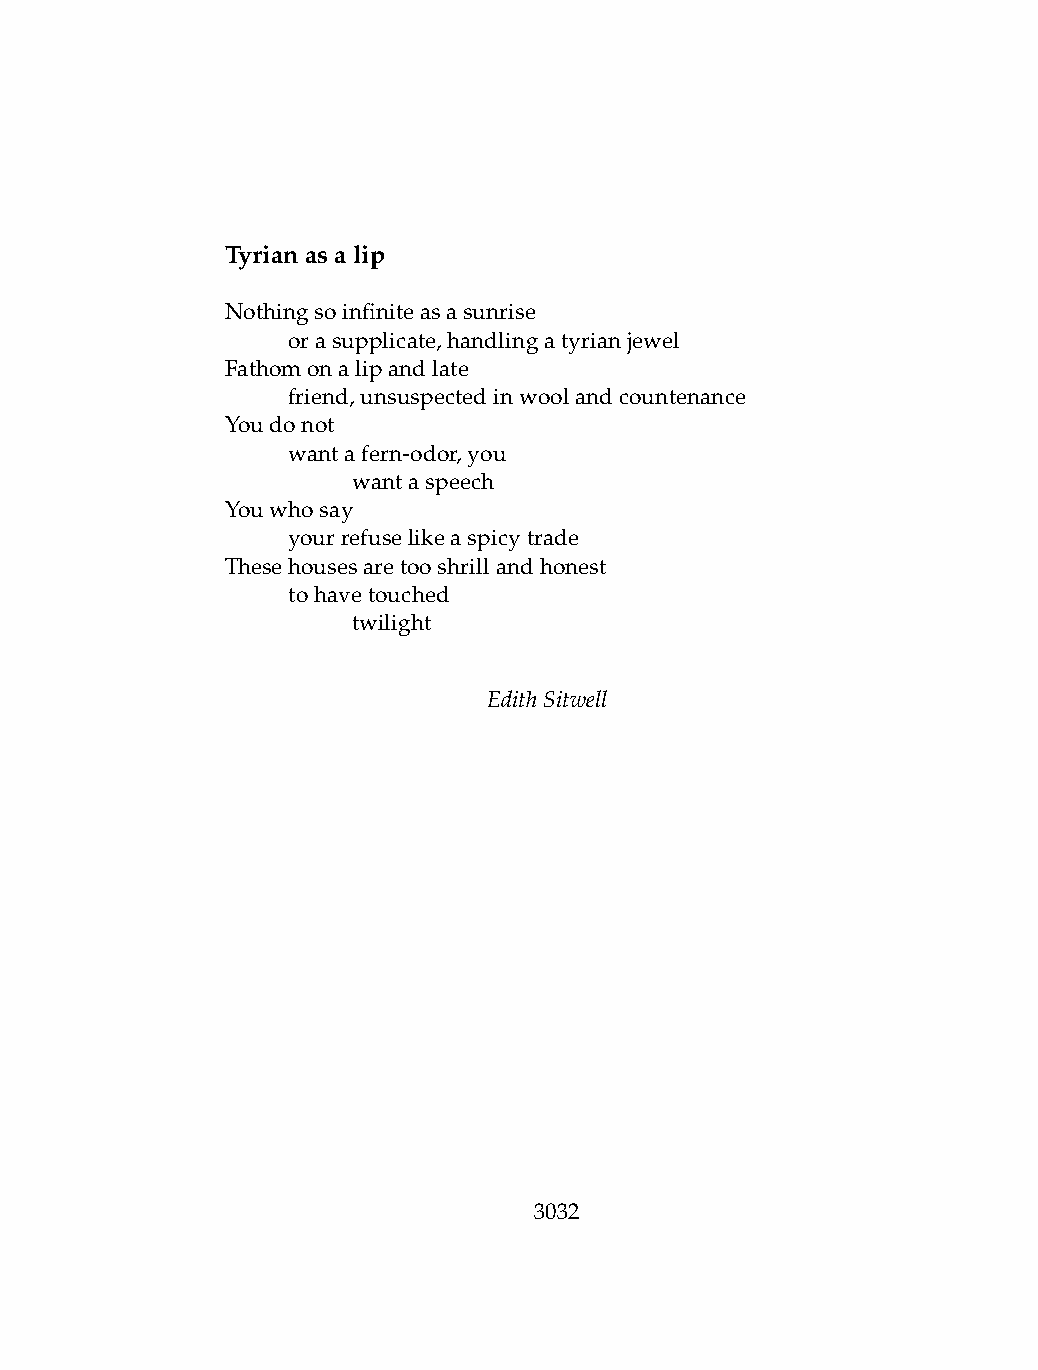
Tyrianasalip
 Nothingsoinfiniteasasunrise
 .   orasupplicate,handlingatyrianjewel
 Fathomonalipandlate
 .   friend,unsuspectedinwoolandcountenance
 Youdonot
 .   wantafern-odor,you
 .   .   wantaspeech
 Youwhosay
 .   yourrefuselikeaspicytrade
 Thesehousesaretooshrillandhonest
 .   tohavetouched
 .   .   twilight
 EdithSitwell
 3032